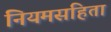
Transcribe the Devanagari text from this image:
नियमसंहिता